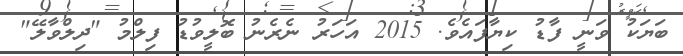
ބަޔަކު ވަނީ ފާޑު ކިޔާފައެވެ. 2015 އަހަރު ނެރެނު ބޮލީވުޑު ފިލްމު "ދިލްވާލޭ"